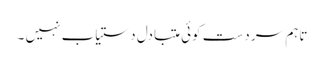
تاہم سر دست کوئی متبادل دستیاب نہیں ۔